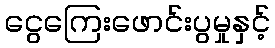
ငွေကြေးဖောင်းပွမှုနှင့်